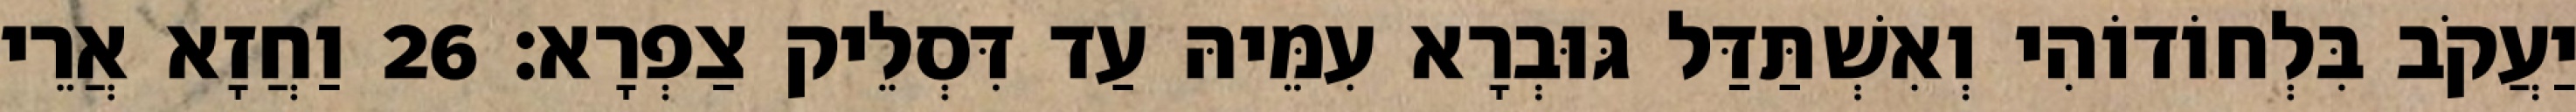
יַעֲקֹב בִּלְחוֹדוֹהִי וְאִשְׁתַּדַּל גּוּבְרָא עִמֵּיהּ עַד דִּסְלֵיק צַפְרָא׃ 26 וַחֲזָא אֲרֵי